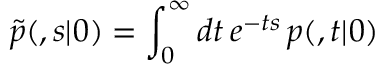
\tilde { p } ( \r , s | \r _ { 0 } ) = \int _ { 0 } ^ { \infty } d t \, e ^ { - t s } \, p ( \r , t | \r _ { 0 } )